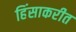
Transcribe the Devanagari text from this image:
हिंसाकरीत